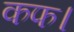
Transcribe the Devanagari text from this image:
कफ।